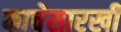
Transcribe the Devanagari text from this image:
काचेसारखी